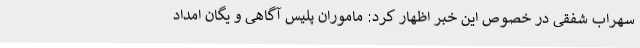
سهراب شفقی در خصوص این خبر اظهار کرد: ماموران پلیس آگاهی و یگان امداد